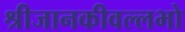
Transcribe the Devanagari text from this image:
श्रीजानकीवल्लभो